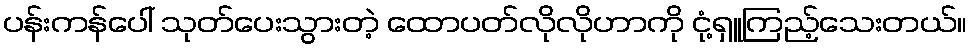
ပန်းကန်ပေါ် သုတ်ပေးသွားတဲ့ ထောပတ်လိုလိုဟာကို ငုံ့ရှူကြည့်သေးတယ်။